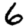
Digit: 6